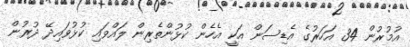
އުމުރުން 34 އަހަރުގެ އެޑިސަން އަކީ އެހެން ކުޅުންތެރިން ލައްވައި ކުޅުވައިދޭ ދުރުން